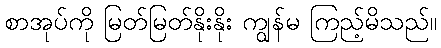
စာအုပ်ကို မြတ်မြတ်နိုးနိုး ကျွန်မ ကြည့်မိသည်။